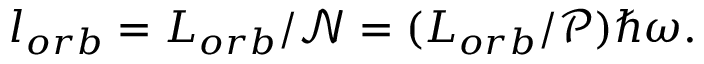
l _ { o r b } = L _ { o r b } / \mathcal { N } = ( L _ { o r b } / \mathcal { P } ) \hbar \omega .